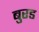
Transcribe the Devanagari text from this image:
बुरड